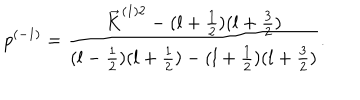
LaTeX: p ^ { ( - 1 ) } = \frac { \vec { K } ^ { ( 1 ) 2 } - ( l + \frac { 1 } { 2 } ) ( l + \frac { 3 } { 2 } ) } { ( l - \frac { 1 } { 2 } ) ( l + \frac { 1 } { 2 } ) - ( l + \frac { 1 } { 2 } ) ( l + \frac { 3 } { 2 } ) } .